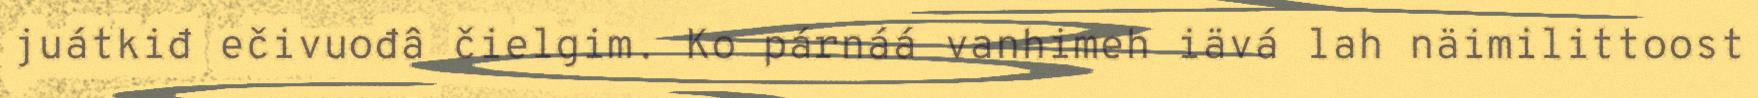
juátkiđ ečivuođâ čielgim. Ko párnáá vanhimeh iävá lah näimilittoost